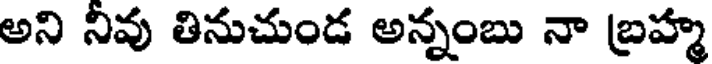
అని నివు తినుచుండ అన్నంబు నా బ్రహ్మ